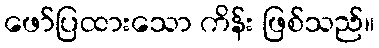
ဖော်ပြထားသော ကိန်း ဖြစ်သည်။